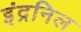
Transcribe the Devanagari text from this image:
इंद्रनिल